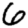
Digit: 6